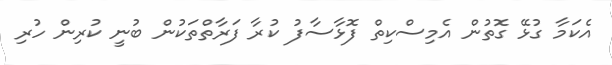
އެކަމާ ގުޅޭ ގޮތުން އެމިސްކިތް ފޮޅާސާފު ކުރާ ފަރާތްތަކުން ބުނީ ކުރިން ހުރި